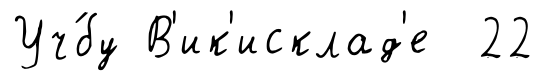
Уч́бу В'ик'исклад'е 22